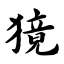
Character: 獍